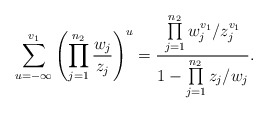
\begin{align*}\sum\limits_{u=-\infty}^{v_1}\left(\prod\limits_{j=1}^{n_2}\frac{w_j}{z_j}\right)^u=\frac{\prod\limits_{j=1}^{n_2}w_j^{v_1}/z_j^{v_1}}{1-\prod\limits_{j=1}^{n_2}z_j/w_j}.\end{align*}